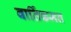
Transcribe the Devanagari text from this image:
वार्तिकमत